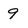
Character: 9